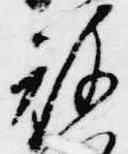
被